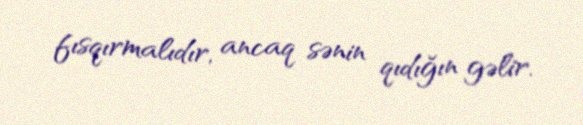
fısqırmalıdır, ancaq sənin qıdığın gəlir.